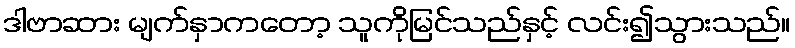
ဒါဗာဆား မျက်နှာကတော့ သူကိုမြင်သည်နှင့် လင်း၍သွားသည်။